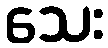
သေး